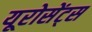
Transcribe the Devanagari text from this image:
यूरोसेंट्स